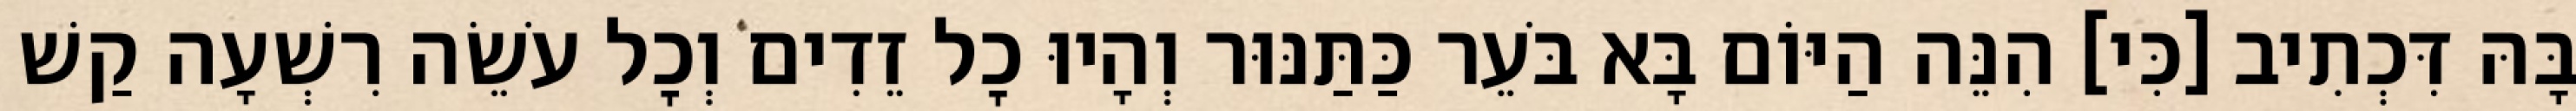
בָּהּ דִּכְתִיב [כִּי] הִנֵּה הַיּוֹם בָּא בֹּעֵר כַּתַּנּוּר וְהָיוּ כׇל זֵדִים וְכׇל עֹשֵׂה רִשְׁעָה קַשׁ